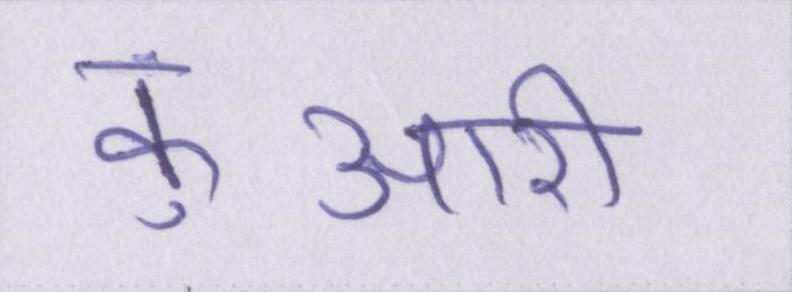
कुंआरी